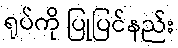
ရုပ်ကို ပြုပြင်နည်း